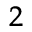
_ { 2 }